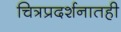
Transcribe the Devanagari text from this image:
चित्रप्रदर्शनातही